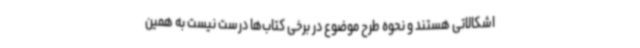
اشکالاتی هستند و نحوه طرح موضوع در برخی کتاب‌ها درست نیست به همین